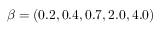
\beta = ( 0 . 2 , 0 . 4 , 0 . 7 , 2 . 0 , 4 . 0 )